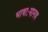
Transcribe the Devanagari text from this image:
भाषाःमानव